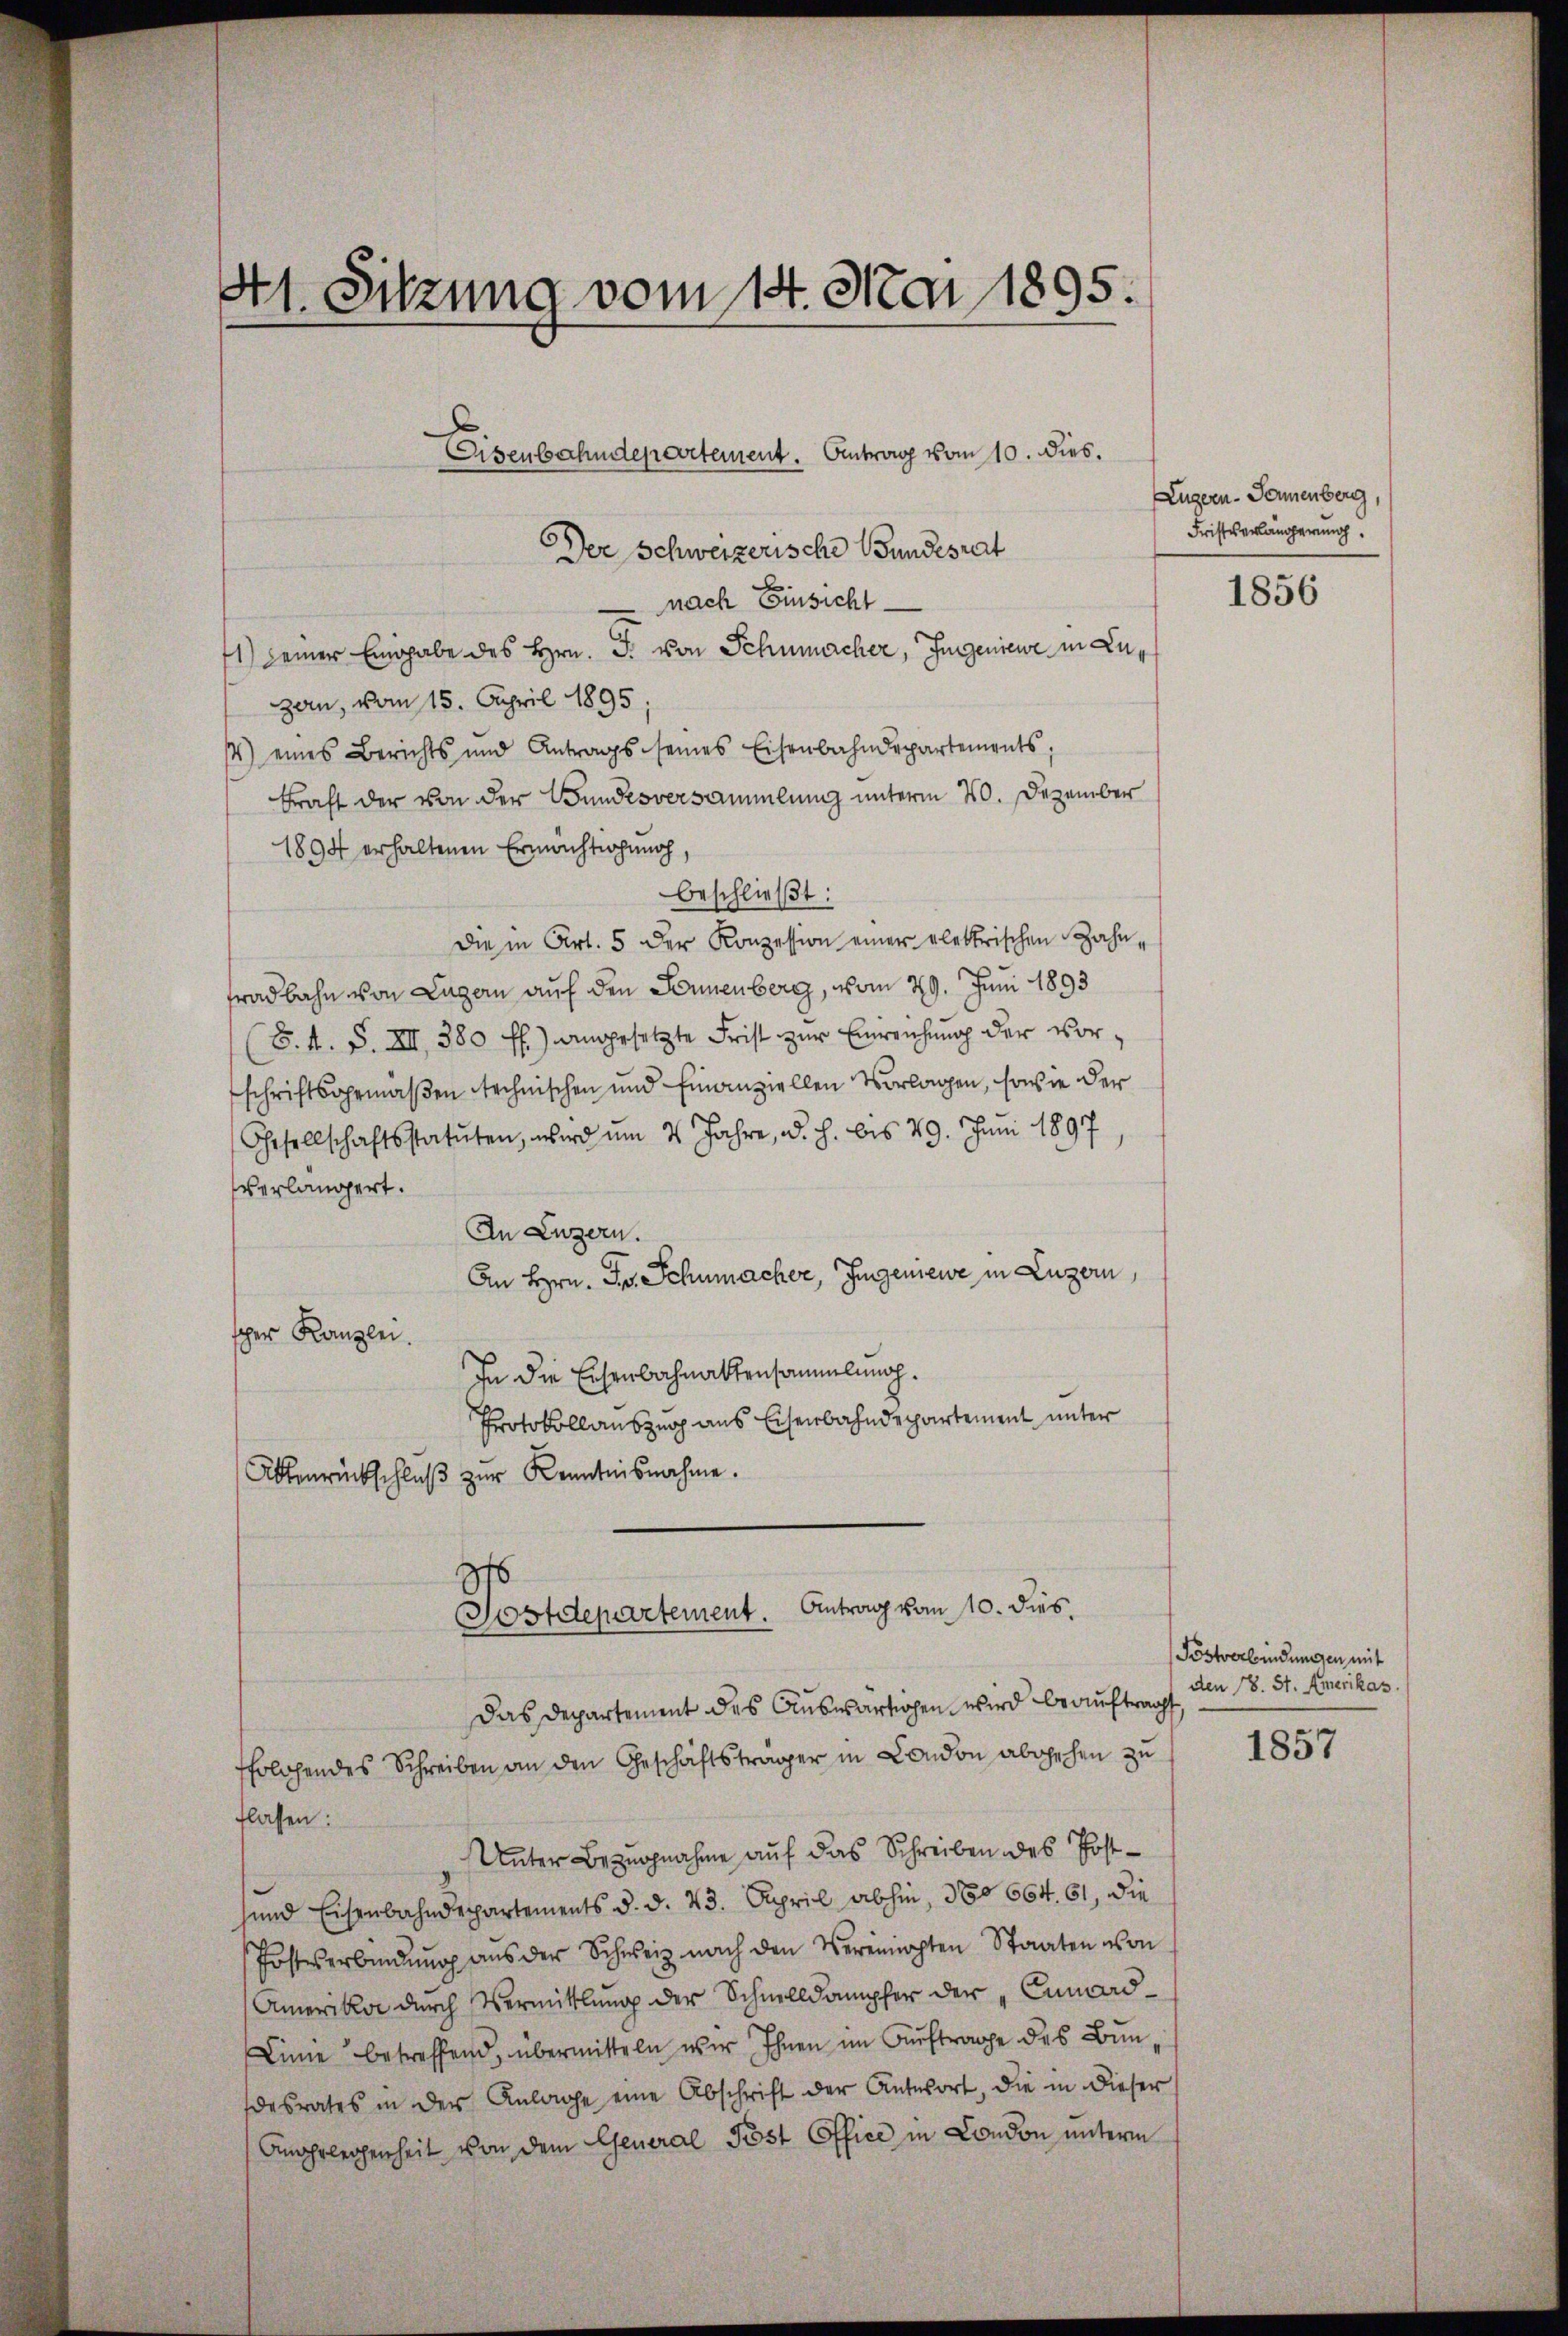
41. Sitzung vom 14. Mai 1895.

Der Schweizerische Wundesrat
nach Einsicht
1) seiner Eingabe des Hrn. J. von Schumacher, Jugenieur in Luzern, vom 15. April 1895.
) eines Berichts und Antrags seines Eisenbahndepartements;
kraft der von der Bundesversammlung unterm 20. Dezember
1894 erhaltenen Ermächtigung
beschließt:
die in Art. 5 der Konzession einer elektrischen Zahnfradbahn von Lagern auf den Sonnenberg, vom 29. Juni 1893
S.4. S. XII. 380 ff.) angesetzte Frist zur Einreichung der vorschriftsgemäßen technischen und Finanziellen Vorlagen, sowie der
Gesellschaftsstatuten, wird um 4 Jahre, d. h. bis 79. Juni 1897
verlängert.
In Luzern.
An Hrn. Fr. Schumacher, Ingeniewe in Luzern,
scher Kanzlei.
In die Eisenbahnaktensammlung.
Protokollauszug aus Eisenbahndepartement unter
Altenrückschluß zur Kenntnisnahme.
16
Postdepartement. Antrag vom 10. dies.
Das Departement des Auswärtigen wird beauftragt
ssolchendes Schreiben an den Geschäftsträger in London abgehen zu
flassen:
Unter Bezugnahme auf das Schreiben des Postsund Eisenbahndepartements d. d. 23. April abhin, No 664. 61, die
Föstererbindŭng aŭs der Schweiz nach den Vereinigten Staaten von
Amerikar durch Vermittlung der Schnelldämpfer der „Cumard¬
Linie betreffend, übermitteln wir Ihnen im Auftrage des Bundesrates in der Anlage eine Abschrift der Antwort, die in dieser
Angelegenheit von dem General Post Office in Condon unterm

Eisenbahndepartement. Antrag vom 10. dies.

Lugern-Sonnenberg,
Fristverlängerung.

1856

Postverbindungen mit
den 18. St. Amerikas.

1857